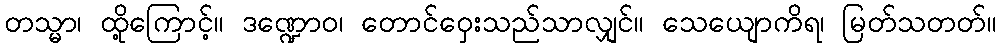
တသ္မာ၊ ထို့ကြောင့်။ ဒဏ္ဍောဝ၊ တောင်ဝှေးသည်သာလျှင်။ သေယျောကိရ၊ မြတ်သတတ်။